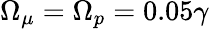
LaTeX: \Omega_{\mu}=\Omega_{p}=0.05\gamma